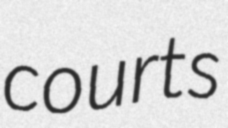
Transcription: courts